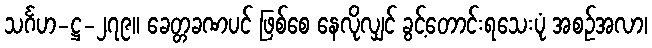
သင်္ဂဟ-ဋ္ဌ-၂၇၉။ ခေတ္တခဏပင် ဖြစ်စေ နေလိုလျှင် ခွင့်တောင်းရသေးပုံ အစဉ်အလာ၊